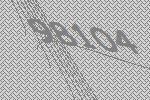
98104